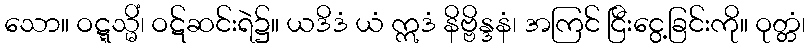
သော။ ဝဋ္ဋသ္မိံ၊ ဝဋ်ဆင်းရဲ၌။ ယဒိဒံ ယံ ဣဒံ နိဗ္ဗိန္ဒနံ၊ အကြင် ငြီးငွေ့ခြင်းကို။ ဝုတ္တံ၊